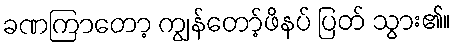
ခဏကြာတော့ ကျွန်တော့်ဖိနပ် ပြတ် သွား၏။